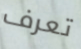
تعرف